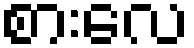
စားလေ